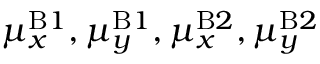
\mu _ { x } ^ { \mathrm { B } 1 } , \mu _ { y } ^ { \mathrm { B } 1 } , \mu _ { x } ^ { \mathrm { B } 2 } , \mu _ { y } ^ { \mathrm { B } 2 }